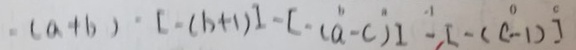
- ( a + b ) - [ - ( b + 1 ) ] - [ - ( a - c ) ] - [ - ( c - 1 ) ]